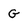
Character: G